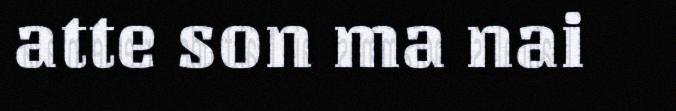
atte son ma nai